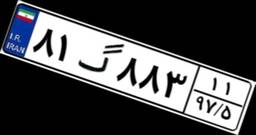
۸۱گ۸۸۳۱۱